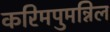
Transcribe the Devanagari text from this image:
करिमपुमन्निल